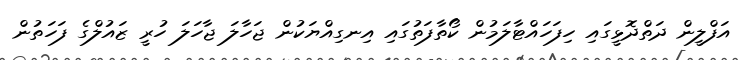
އަފްލީން ދަތްދޮޅީގައި ހިފަހައްޓާލަމުން ކޯތާފަތުގައި އިނގިއްޔަކުން ޖަހާލަ ޖާހަލަ ހުރީ ޒައުލްގެ ފަހަތުން